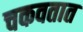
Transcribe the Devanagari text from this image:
चकवतात